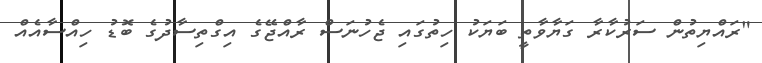
"ރައްޔިތުން ސަރުކާރާ ގަޔާވާތީ ބަޔަކު ހިތުގައި ޖެހުނަސް ރާއްޖޭގެ އިގްތިސާދުގެ ބޮޑު ހިއްސާއެއް